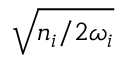
\sqrt { { n _ { i } } / { 2 \omega _ { i } } }